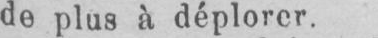
de plus à déplorer.